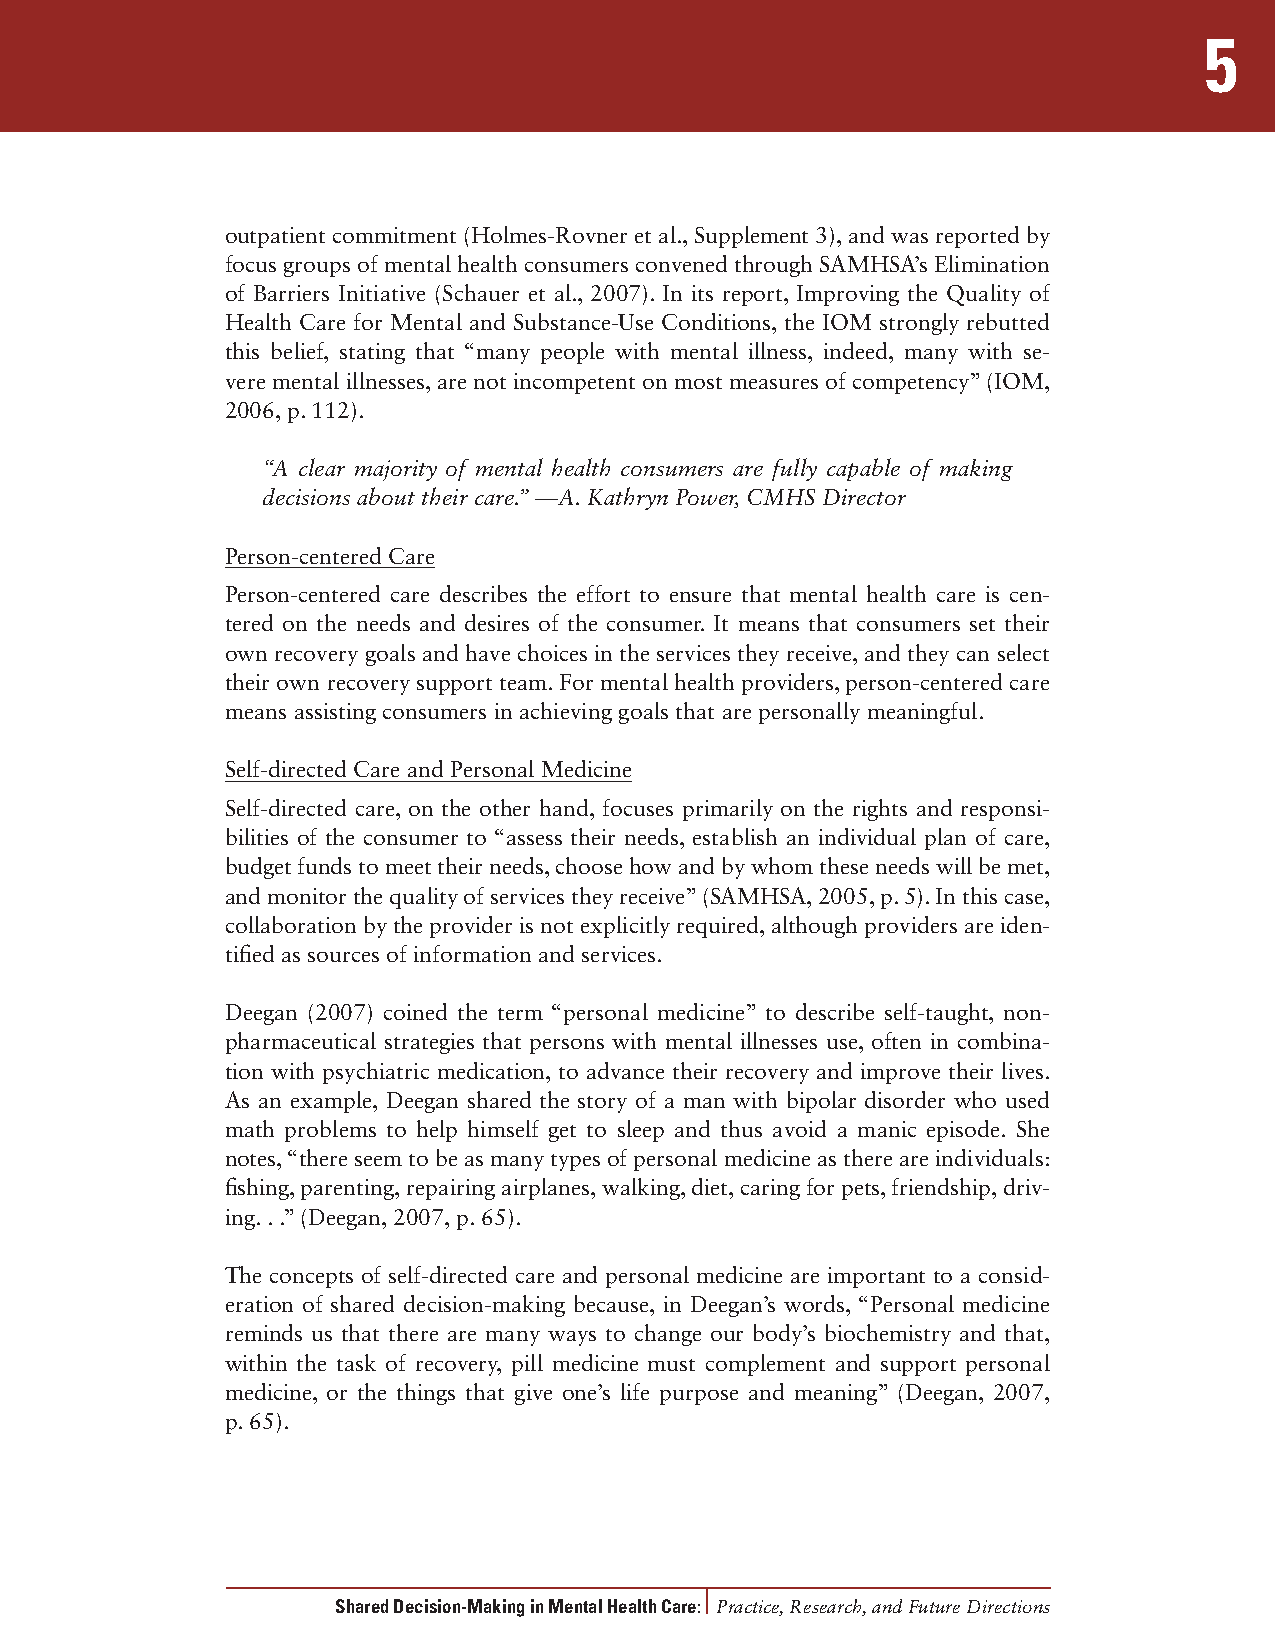
5
 outpatient commitment (Holmes-Rovner et al., Supplement 3), and was reported by
 focus groups of mental health consumers convened through SAMHSA’s Elimination
 of Barriers Initiative (Schauer et al., 2007). In its report, Improving the Quality of
 Health Care for Mental and Substance-Use Conditions, the IOM strongly rebutted
 this belief, stating that “many people with mental illness, indeed, many with se-
 vere mental illnesses, are not incompetent on most measures of competency” (IOM,
 2006, p. 112).
 “A clear majority of mental health consumers are fully capable of making
 decisions about their care.” —A. Kathryn Power, CMHS Director
 Person-centered Care
 Person-centered care describes the effort to ensure that mental health care is cen-
 tered on the needs and desires of the consumer. It means that consumers set their
 own recovery goals and have choices in the services they receive, and they can select
 their own recovery support team. For mental health providers, person-centered care
 means assisting consumers in achieving goals that are personally meaningful.
 Self-directed Care and Personal Medicine
 Self-directed care, on the other hand, focuses primarily on the rights and responsi-
 bilities of the consumer to “assess their needs, establish an individual plan of care,
 budget funds to meet their needs, choose how and by whom these needs will be met,
 and monitor the quality of services they receive” (SAMHSA, 2005, p. 5). In this case,
 collaboration by the provider is not explicitly required, although providers are iden-
 tified as sources of information and services.
 Deegan (2007) coined the term “personal medicine” to describe self-taught, non-
 pharmaceutical strategies that persons with mental illnesses use, often in combina-
 tion with psychiatric medication, to advance their recovery and improve their lives.
 As an example, Deegan shared the story of a man with bipolar disorder who used
 math problems to help himself get to sleep and thus avoid a manic episode. She
 notes, “there seem to be as many types of personal medicine as there are individuals:
 fishing, parenting, repairing airplanes, walking, diet, caring for pets, friendship, driv-
 ing. . .” (Deegan, 2007, p. 65).
 The concepts of self-directed care and personal medicine are important to a consid-
 eration of shared decision-making because, in Deegan’s words, “Personal medicine
 reminds us that there are many ways to change our body’s biochemistry and that,
 within the task of recovery, pill medicine must complement and support personal
 medicine, or the things that give one’s life purpose and meaning” (Deegan, 2007,
 p. 65).
 Shared Decision-Making in Mental Health Care: Practice, Research, and Future Directions